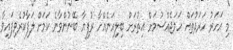
މި އަހަރު ހަރަދުތައް ހަމަޖެއްސުމަށް އިތުރަށް ބިލިއަނެއްހާ ރުފިޔާ ބޭނުންވާނެ ކަމަށް ލަފާކުރެވިފައިވާ